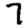
Digit: 7